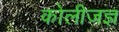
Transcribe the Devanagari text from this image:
कोलीजज्ञ